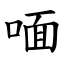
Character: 喕